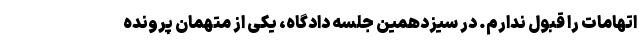
اتهامات را قبول ندارم. در سیزدهمین جلسه دادگاه، یکی از متهمان پرونده